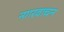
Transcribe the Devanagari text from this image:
नगरवाचन